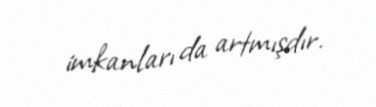
imkanları da artmışdır.